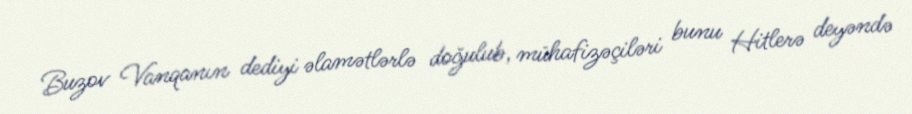
Buzov Vanqanın dediyi əlamətlərlə doğulub, mühafizəçiləri bunu Hitlerə deyəndə